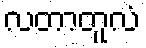
လတာတူလံ